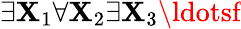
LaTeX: \exists\mathbf{X}_{1}\forall\mathbf{X}_{2}\exists\mathbf{X}_{3}\ldotsf